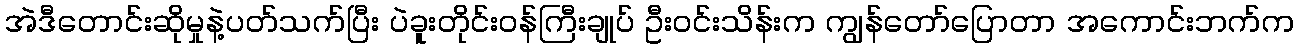
အဲဒီတောင်းဆိုမှုနဲ့ပတ်သက်ပြီး ပဲခူးတိုင်းဝန်ကြီးချုပ် ဦးဝင်းသိန်းက ကျွန်တော်ပြောတာ အကောင်းဘက်က